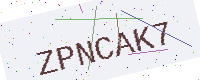
Text: ZPNCAK7